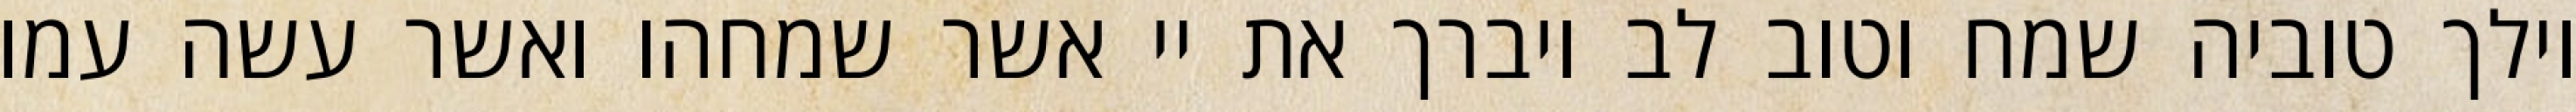
וילך טוביה שמח וטוב לב ויברך את יי אשר שמחהו ואשר עשה עמו